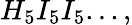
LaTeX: H_{5}I_{5}I_{5}...,